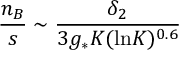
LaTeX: { \frac { n _ { B } } { s } } \sim { \frac { \delta _ { 2 } } { 3 g _ { * } K ( \mathrm { l n } K ) ^ { 0 . 6 } } }